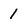
Character: 1